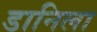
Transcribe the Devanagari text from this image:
डानिला